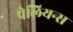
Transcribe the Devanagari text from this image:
पेलियन्स